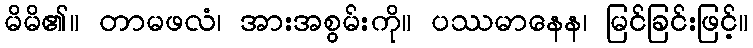
မိမိ၏။ တာမဖလံ၊ အားအစွမ်းကို။ ပဿမာနေန၊ မြင်ခြင်းဖြင့်။